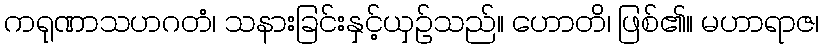
ကရုဏာသဟဂတံ၊ သနားခြင်းနှင့်ယှဉ်သည်။ ဟောတိ၊ ဖြစ်၏။ မဟာရာဇ၊